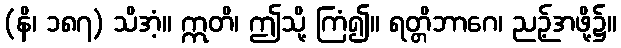
(နိ၊ ၁၈၇) သိအံ့။ ဣတိ၊ ဤသို့ ကြံ၍။ ရတ္တိဘာဂေ၊ ညဉ့်အဖို့၌။